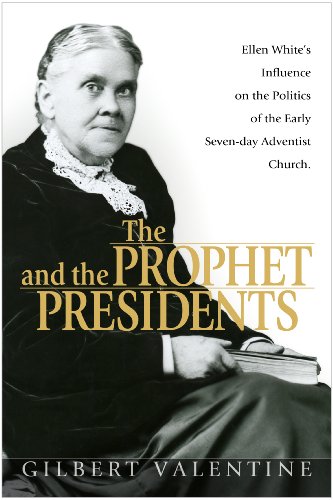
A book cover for Prophet and the Presidents; Gil Valentine; Christian Books & Bibles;